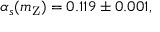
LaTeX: \alpha _ { s } ( m _ { \mathrm { Z } } ) = 0 . 1 1 9 \pm 0 . 0 0 1 ,